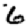
Digit: 6